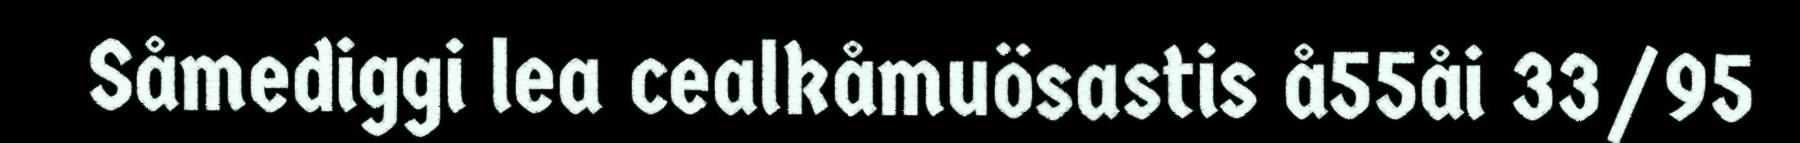
Såmediggi lea cealkåmuösastis å55åi 33/95